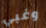
وغبي